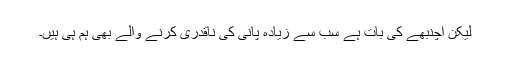
لیکن اچنبھے کی بات ہے سب سے زیادہ پانی کی ناقدری کرنے والے بھی ہم ہی ہیں۔